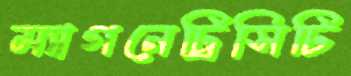
ম্যাগনেট্রিসিটি